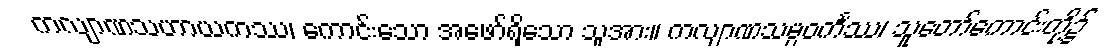
ကလျာဏသဟာယကဿ၊ ကောင်းသော အဖော်ရှိသော သူအား။ ကလျာဏသမ္ပဝင်္ကဿ၊ သူတော်ကောင်းတို့၌